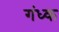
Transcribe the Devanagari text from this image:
गंध्क